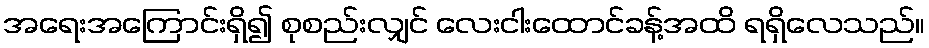
အရေးအကြောင်းရှိ၍ စုစည်းလျှင် လေးငါးထောင်ခန့်အထိ ရရှိလေသည်။